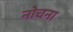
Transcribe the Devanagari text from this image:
नोचना